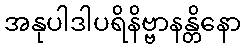
အနုပါဒါပရိနိဗ္ဗာနန္တိနော